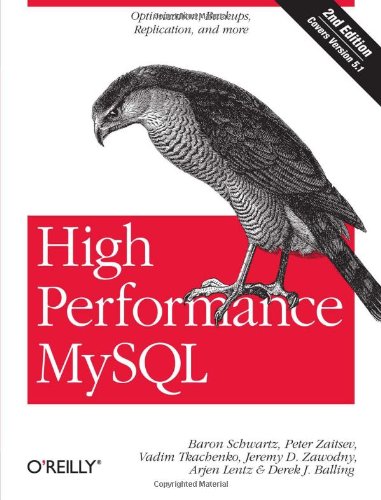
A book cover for High Performance MySQL: Optimization, Backups, Replication, and More; Baron Schwartz; Computers & Technology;